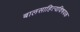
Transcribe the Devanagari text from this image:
बालसाहित्यविषयक